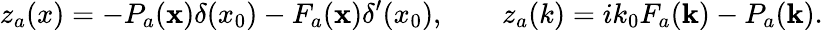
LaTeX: z_{a}(x)=-P_{a}({\mathbf x})\delta(x_{0})-F_{a}({\mathbf x})\delta^{\prime}(x_{0}),\qquad z_{a}(k)=ik_{0}F_{a}({\mathbf k})-P_{a}({\mathbf k}).